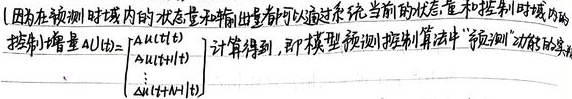
(因为在预测时域内的状态量和输出量都可以通过系统当前的状态量和控制时域内的控制增量$\Delta U(t)=\begin{cases}\Delta u(t)\\\Delta u(t + 1)\\\vdots\\\Delta u(t + N - 1)\end{cases}$计算得到, 即模型预测控制算法中“预测”功能的实